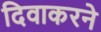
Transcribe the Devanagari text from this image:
दिवाकरने